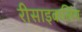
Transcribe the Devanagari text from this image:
रीसाइकलिंग